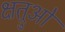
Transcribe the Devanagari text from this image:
क्षत्रुओं